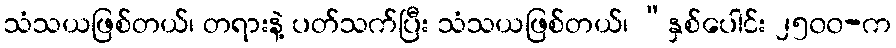
သံသယဖြစ်တယ်၊ တရားနဲ့ ပတ်သက်ပြီး သံသယဖြစ်တယ်၊ “နှစ်ပေါင်း ၂၅၀၀-က